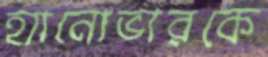
হ্যানোভারকে